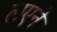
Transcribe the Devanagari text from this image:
लएने